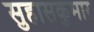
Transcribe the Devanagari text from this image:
सुहासकुमार